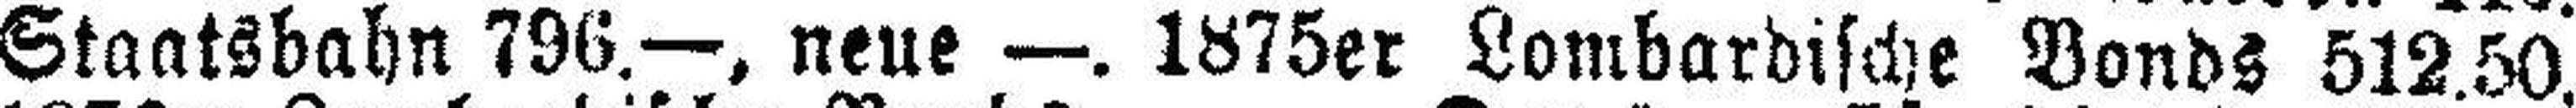
Staatsbahn 796.—, neue —. 1875er Lombardische Bonds 512.50.